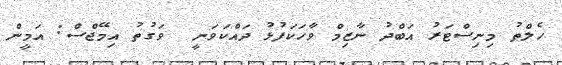
ހެލްތު މިނިސްޓަރު އަބްދު ނާޒިމް ވާހަކަފުޅު ދައްކަވަނީ  ވަގުތު އިމޭޖްސް: އަމީން